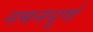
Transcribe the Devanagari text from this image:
नमनधूर्ण